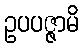
ဥပပဇ္ဇာမိ